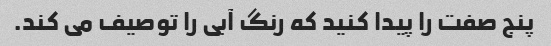
پنج صفت را پیدا کنید که رنگ آبی را توصیف می کند.